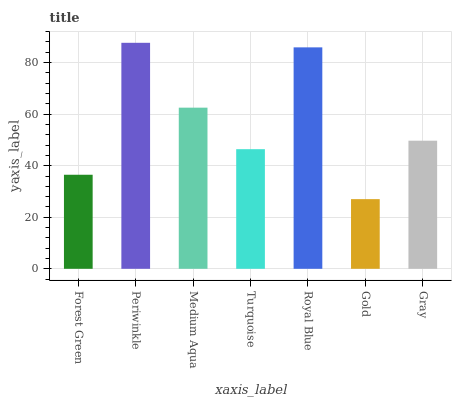
| xaxis_label | bars |
 | --- | --- |
 | Forest Green | 36.5 |
 | Periwinkle | 87.7 |
 | Medium Aqua | 62.5 |
 | Turquoise | 46.4 |
 | Royal Blue | 85.9 |
 | Gold | 27 |
 | Gray | 49.7 |